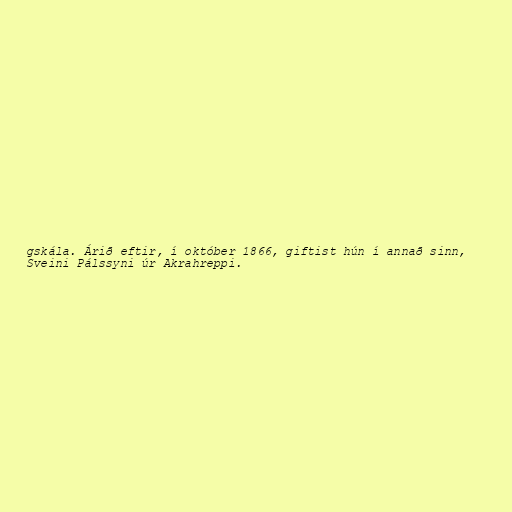
gskála. Árið eftir, í október 1866, giftist hún í annað sinn,
Sveini Pálssyni úr Akrahreppi.